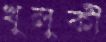
খুলুকী